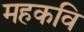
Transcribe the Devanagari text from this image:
महकवि